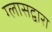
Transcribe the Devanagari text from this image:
ग्लासद्वारा